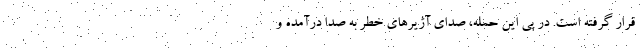
قرار گرفته است. در پی این حمله، صدای آژیرهای خطر به صدا درآمده و